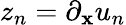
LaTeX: z_{n}=\partial_{\mathbf{x}}u_{n}